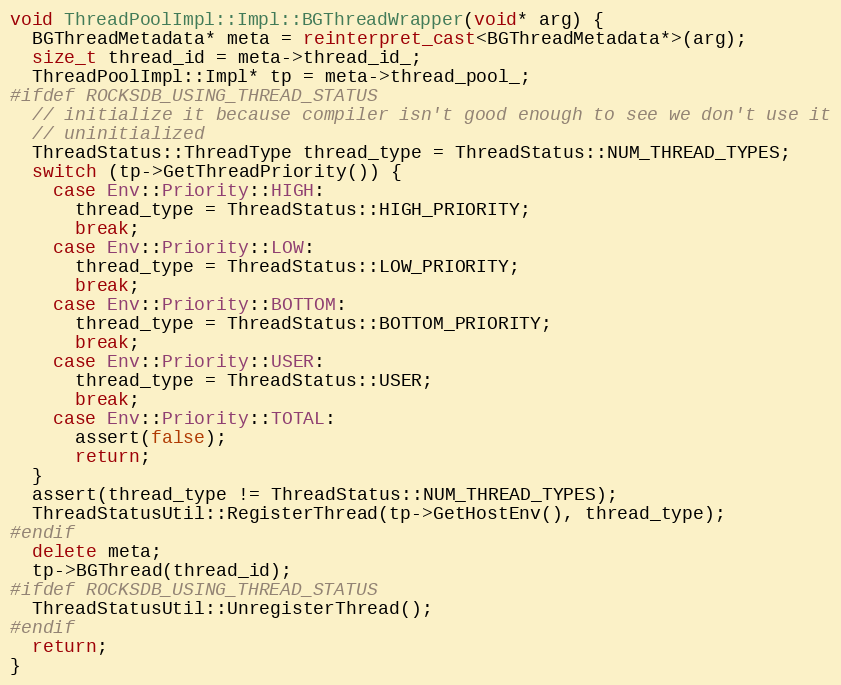
Language: C++
void ThreadPoolImpl::Impl::BGThreadWrapper(void* arg) {
  BGThreadMetadata* meta = reinterpret_cast<BGThreadMetadata*>(arg);
  size_t thread_id = meta->thread_id_;
  ThreadPoolImpl::Impl* tp = meta->thread_pool_;
#ifdef ROCKSDB_USING_THREAD_STATUS
  // initialize it because compiler isn't good enough to see we don't use it
  // uninitialized
  ThreadStatus::ThreadType thread_type = ThreadStatus::NUM_THREAD_TYPES;
  switch (tp->GetThreadPriority()) {
    case Env::Priority::HIGH:
      thread_type = ThreadStatus::HIGH_PRIORITY;
      break;
    case Env::Priority::LOW:
      thread_type = ThreadStatus::LOW_PRIORITY;
      break;
    case Env::Priority::BOTTOM:
      thread_type = ThreadStatus::BOTTOM_PRIORITY;
      break;
    case Env::Priority::USER:
      thread_type = ThreadStatus::USER;
      break;
    case Env::Priority::TOTAL:
      assert(false);
      return;
  }
  assert(thread_type != ThreadStatus::NUM_THREAD_TYPES);
  ThreadStatusUtil::RegisterThread(tp->GetHostEnv(), thread_type);
#endif
  delete meta;
  tp->BGThread(thread_id);
#ifdef ROCKSDB_USING_THREAD_STATUS
  ThreadStatusUtil::UnregisterThread();
#endif
  return;
}